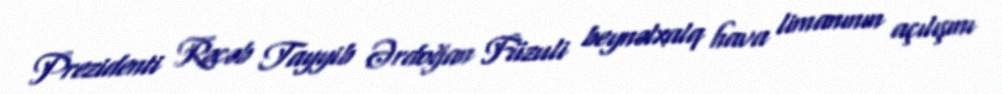
Prezidenti Rəcəb Tayyib Ərdoğan Füzuli beynəlxalq hava limanının açılışını